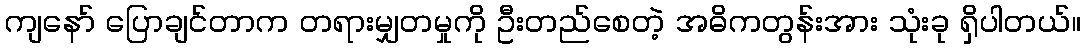
ကျနော် ပြောချင်တာက တရားမျှတမှုကို ဦးတည်စေတဲ့ အဓိကတွန်းအား သုံးခု ရှိပါတယ်။